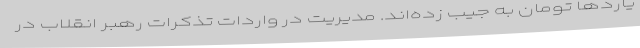
یاردها تومان به جیب زده‌اند. مدیریت در واردات تذکرات رهبر انقلاب در